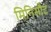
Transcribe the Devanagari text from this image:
मिनिसौट